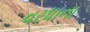
વરધાના